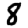
Digit: 8